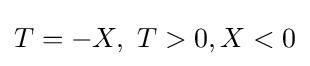
T=-X,\ T>0,X<0